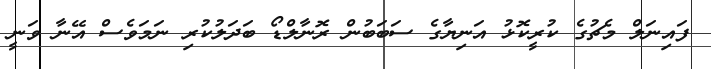
ފައިނަލް މެޗުގެ ކުރީކޮޅު އަނިޔާގެ ސަބަބުން ރޮނާލްޑޯ ބަދަލުކުރި ނަމަވެސް އޭނާ ވަނީ